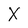
Character: X